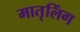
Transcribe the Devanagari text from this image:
मातृलिंग